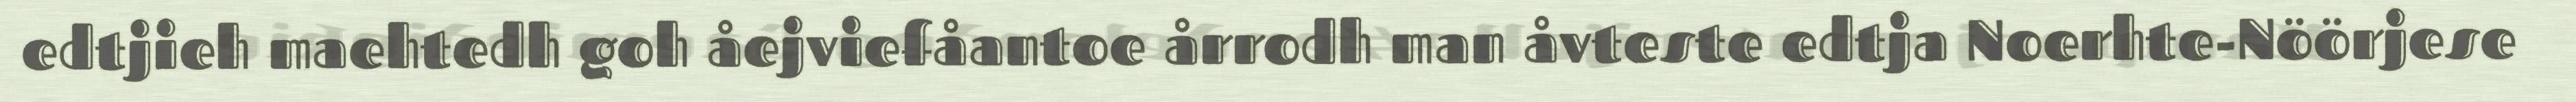
edtjieh maehtedh goh åejviefåantoe årrodh man åvteste edtja Noerhte-Nöörjese